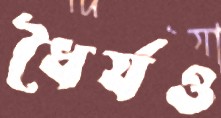
ধৈর্যও